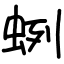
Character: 蛚